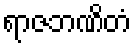
ရာဇဘဏိတံ